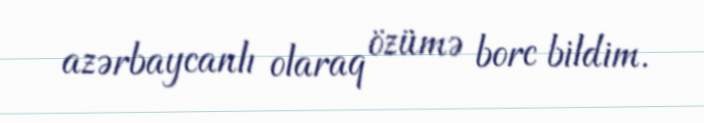
azərbaycanlı olaraq özümə borc bildim.